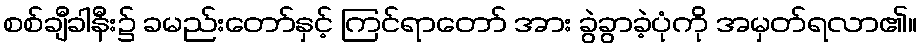
စစ်ချီခါနီး၌ ခမည်းတော်နှင့် ကြင်ရာတော် အား ခွဲခွာခဲ့ပုံကို အမှတ်ရလာ၏။